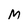
Character: M